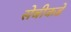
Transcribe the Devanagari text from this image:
सेबीकडे